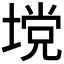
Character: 𪤅